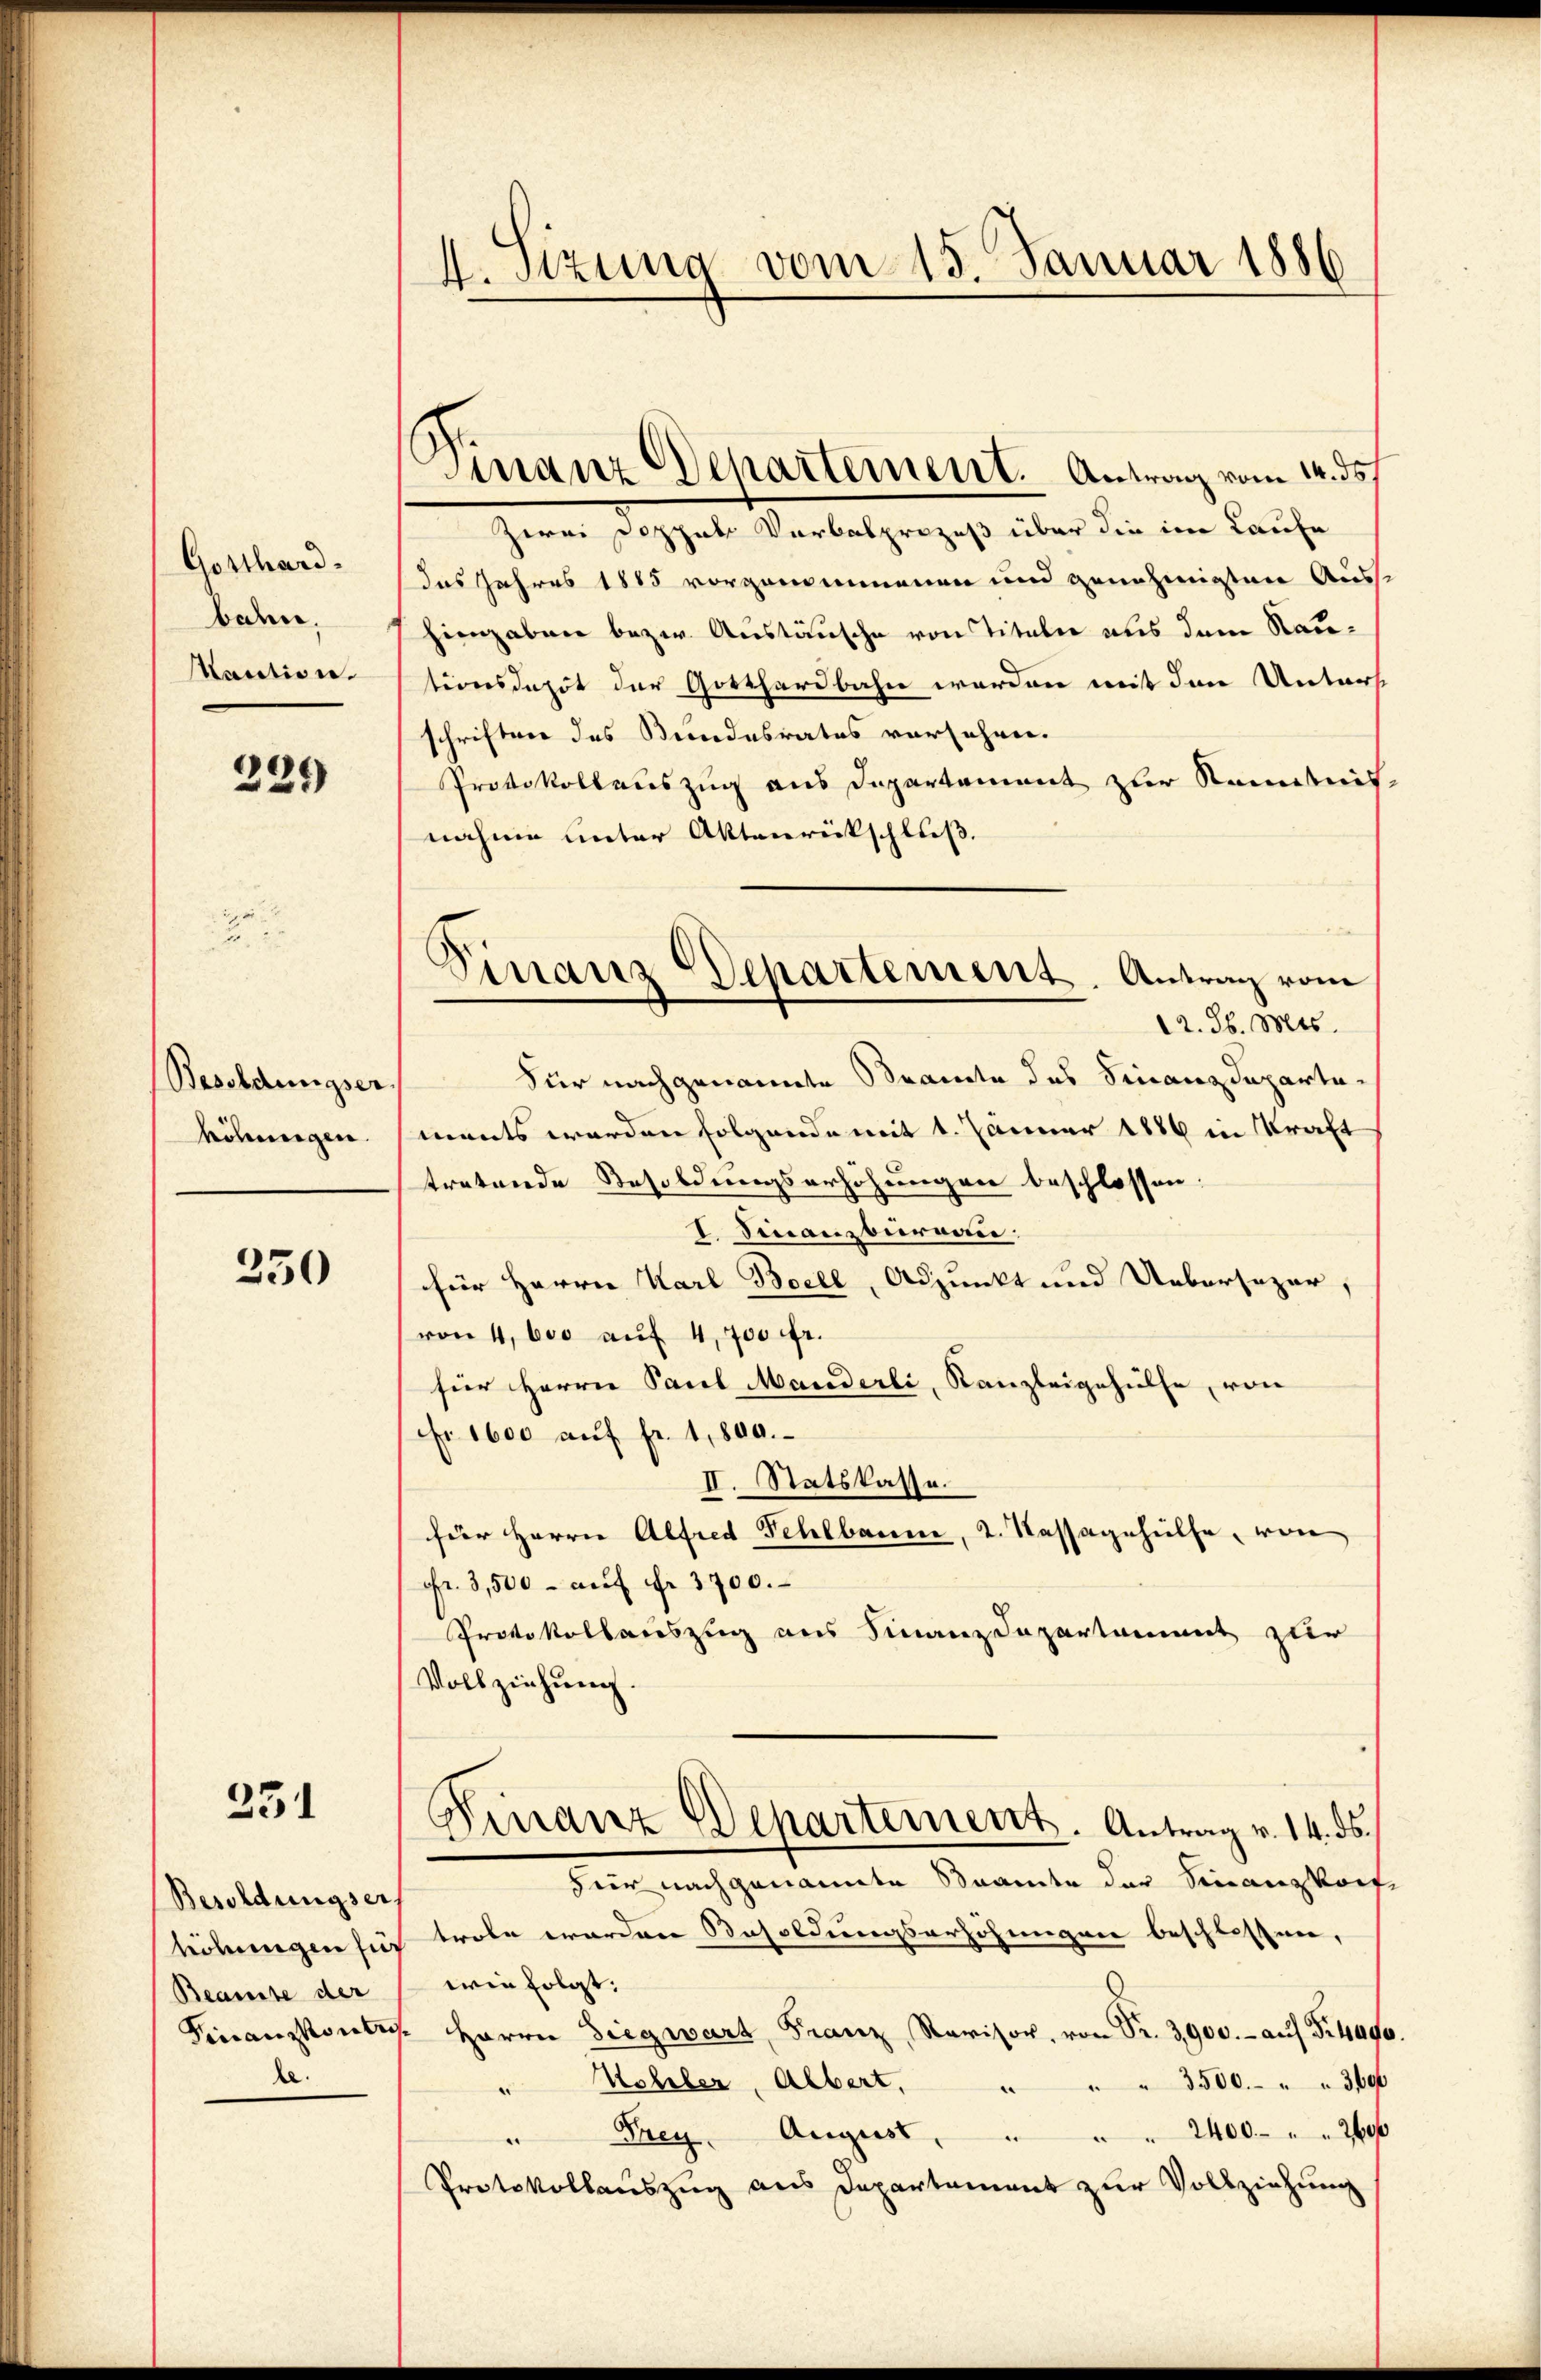
Gotthard-
boden,
Kaution.

229

Besoldungser
köhungen

250

231

Besoldungsers
höhungen für
Beamte der
de

4. Sizung vom 15. Januar 1886

Finanz Departement. Antrag vom 14. ds.

Zwei Doppel Verbalprozeß über die im Laufe
das Jahres 1885 vorgenommenen und genehmigten Aus-
hiengaben bezw. Austausche von Titeln aus dem Rautionsdazit der Gotthardbahn worden mit den Unters
schriften des Bundesrates verfahren.
Protokollauszug aus Departement zur Kenntnis.
nahme unter Aktenrückschluß.
Für nach genannte Beamte des Finanzdepartements werden folgende mit 1. Jänner 1886 in Kraft
tretende Besoldungserhöhungen beschlossen:
I. Finanzbüreau.
für Herrn Karl Bocel, Adjunkt und Uebersezer,
von 4, 600 auf 4,700 fr.
für Herrn Paul Manderli, Kanzleigehülfe, von
Fr. 1600 aŭf fr. 1,800.
II. Statskasse.
für Herrn Alfred Fehlbanne, 2. Kassagehülfe, von
Fr. 3,500 - auf Fr. 3700.
Protokollauszug aus Finanzdepartament zur
Vollziehung.
A
Finanz Departement. Antrag v. 14. ds.
Für nachgenannte Beamte der Finanzkonf
trole werden Resoldungserhöhungen beschlossen,
wie folgt:
Finanzkontin Herrn Siegwart, Franz, Ravisor, von Fr. 3900.- auf Fr. 400
" " " 3500 " " 3600
" Hehler, Albert.
" Frey. August . . . . 2400 " " 240
Protokollauszug aus Departement zur Vollziehung

Finanz Departement. Antrag vom
22. d. Mts.